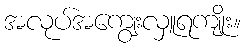
အလုပ်အကျွေးလှူရကျိုး။